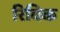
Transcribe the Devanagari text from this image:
रिविक